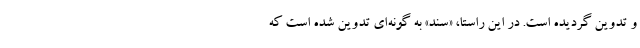
و تدوین گردیده است. در این راستا، «سند» به گونه‌ای تدوین شده است که